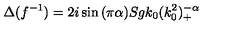
\Delta ( f ^ { - 1 } ) = 2 i \sin { ( \pi \alpha ) } S g k _ { 0 } ( k _ { 0 } ^ { 2 } ) _ { + } ^ { - \alpha }